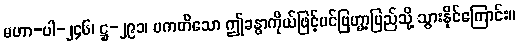
မဟာ-ပါ-၂၄၆၊ ဋ္ဌ-၂၉၁၊ ပကတိသော ဤခန္ဓာကိုယ်ဖြင့်ပင်ဗြဟ္မာ့ပြည်သို့ သွားနိုင်ကြောင်း။